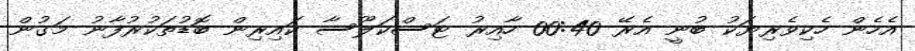
އެހެން ހެކިވެރިޔަކު ބުނީ އެރޭ 00:40 ހާއިރު ޓަސްކަލޫސާ ކައިރިން ބޮޑުތަކުރުފާނު މަގުން